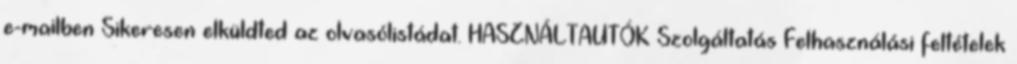
e-mailben Sikeresen elküldted az olvasólistádat. HASZNÁLTAUTÓK Szolgáltatás Felhasználási feltételek